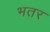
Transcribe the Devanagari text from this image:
भतर